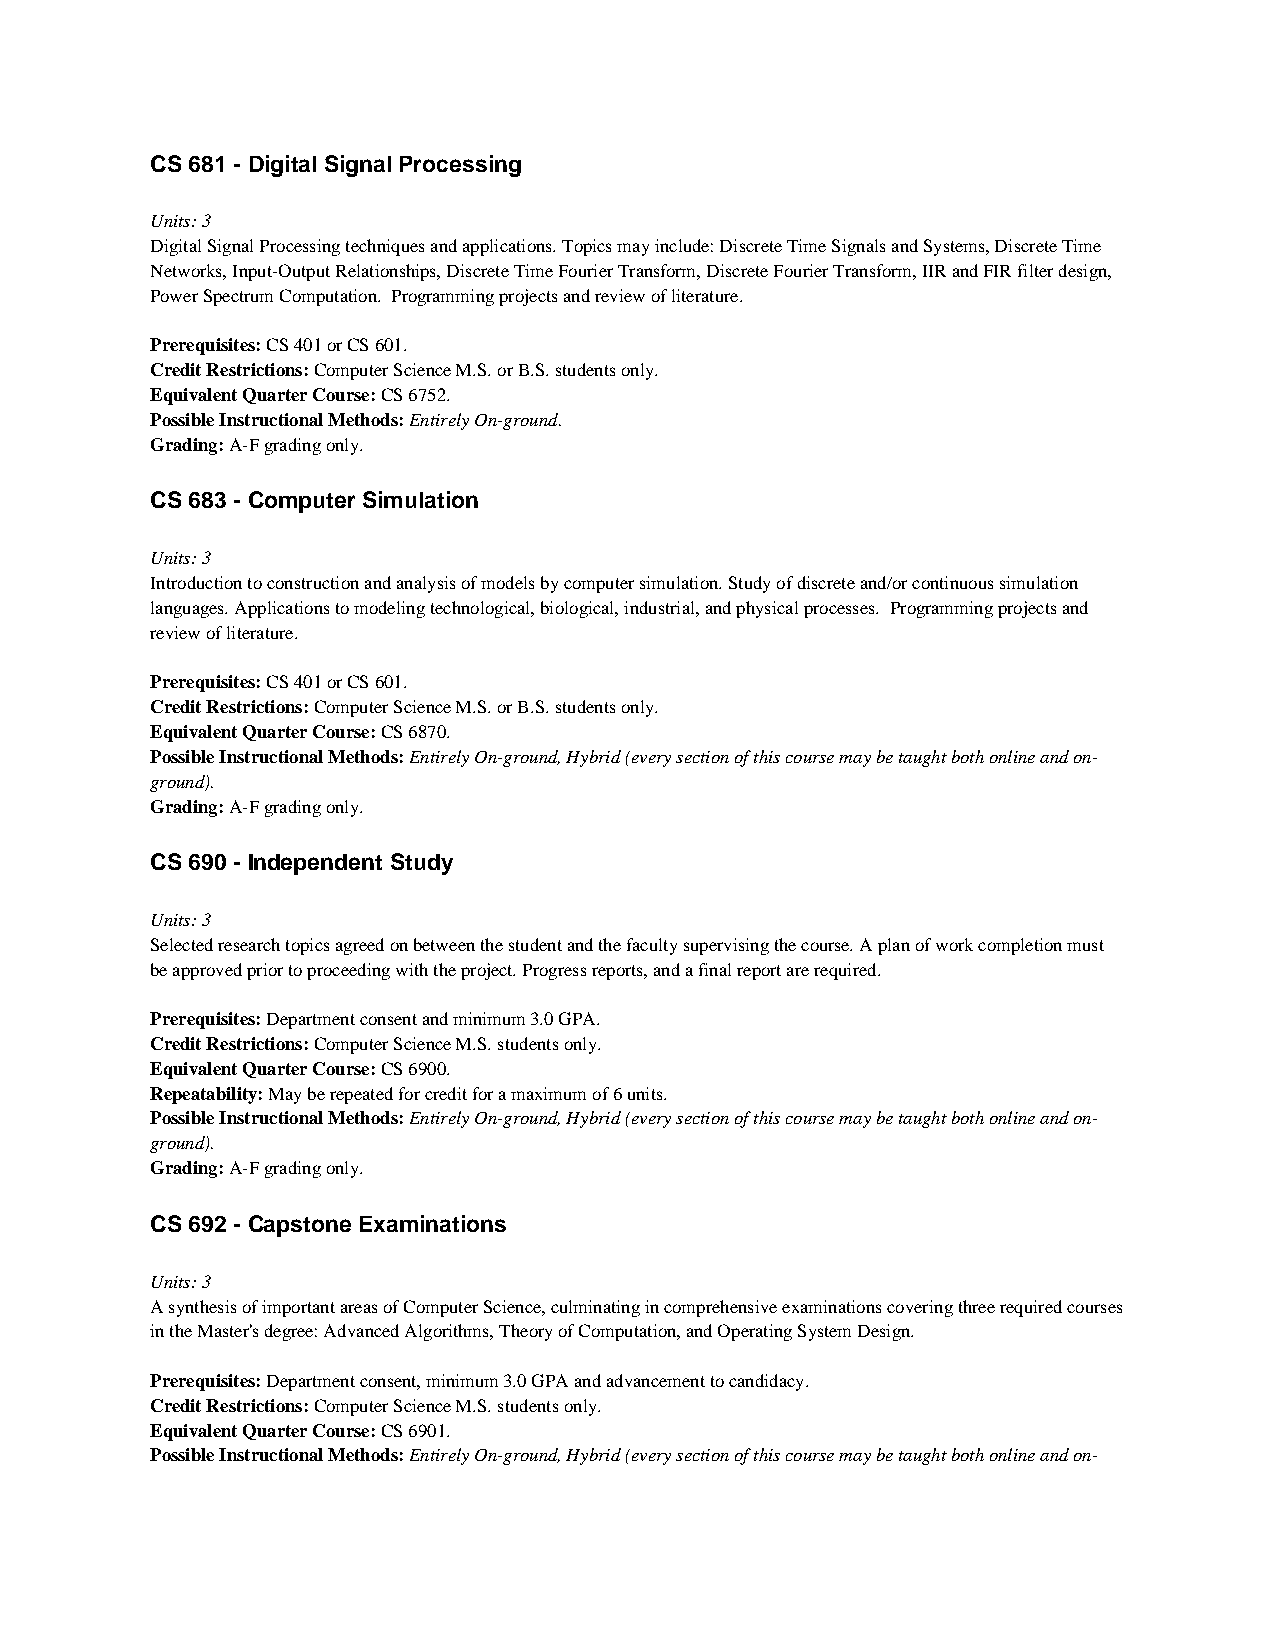
CS 681 - Digital Signal Processing
 Units: 3
 Digital Signal Processing techniques and applications. Topics may include: Discrete Time Signals and Systems, Discrete Time
 Networks, Input-Output Relationships, Discrete Time Fourier Transform, Discrete Fourier Transform, IIR and FIR filter design,
 Power Spectrum Computation. Programming projects and review of literature.
 Prerequisites: CS 401 or CS 601.
 Credit Restrictions: Computer Science M.S. or B.S. students only.
 Equivalent Quarter Course: CS 6752.
 Possible Instructional Methods: Entirely On-ground.
 Grading: A-F grading only.
 CS 683 - Computer Simulation
 Units: 3
 Introduction to construction and analysis of models by computer simulation. Study of discrete and/or continuous simulation
 languages. Applications to modeling technological, biological, industrial, and physical processes. Programming projects and
 review of literature.
 Prerequisites: CS 401 or CS 601.
 Credit Restrictions: Computer Science M.S. or B.S. students only.
 Equivalent Quarter Course: CS 6870.
 Possible Instructional Methods: Entirely On-ground, Hybrid (every section of this course may be taught both online and on-
 ground).
 Grading: A-F grading only.
 CS 690 - Independent Study
 Units: 3
 Selected research topics agreed on between the student and the faculty supervising the course. A plan of work completion must
 be approved prior to proceeding with the project. Progress reports, and a final report are required.
 Prerequisites: Department consent and minimum 3.0 GPA.
 Credit Restrictions: Computer Science M.S. students only.
 Equivalent Quarter Course: CS 6900.
 Repeatability: May be repeated for credit for a maximum of 6 units.
 Possible Instructional Methods: Entirely On-ground, Hybrid (every section of this course may be taught both online and on-
 ground).
 Grading: A-F grading only.
 CS 692 - Capstone Examinations
 Units: 3
 A synthesis of important areas of Computer Science, culminating in comprehensive examinations covering three required courses
 in the Master's degree: Advanced Algorithms, Theory of Computation, and Operating System Design.
 Prerequisites: Department consent, minimum 3.0 GPA and advancement to candidacy.
 Credit Restrictions: Computer Science M.S. students only.
 Equivalent Quarter Course: CS 6901.
 Possible Instructional Methods: Entirely On-ground, Hybrid (every section of this course may be taught both online and on-